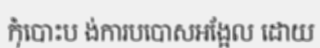
កុំបោះប ង់ការបបោសអង្អែល ដោយ